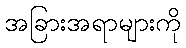
အခြားအရာများကို